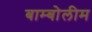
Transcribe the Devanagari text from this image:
बाम्बोलीम